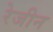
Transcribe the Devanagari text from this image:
रेजीन